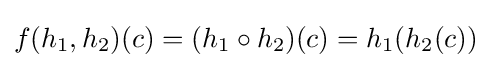
f(h_{1},h_{2})(c)=(h_{1}\circ h_{2})(c)=h_{1}(h_{2}(c))